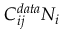
C _ { i j } ^ { d a t a } N _ { i }